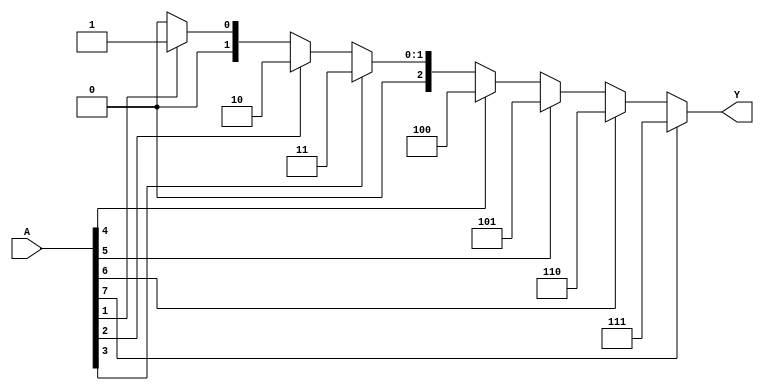
module octal_to_binary_encoder (
    input  wire [7:0] A,  // 8-bit octal input
    output reg  [2:0] Y   // 3-bit binary output
);

    always @(*) begin
        case (1'b1) // Check for the highest active input
            A[7]: Y = 3'b111; // If A[7] is high, output 7
            A[6]: Y = 3'b110; // If A[6] is high, output 6
            A[5]: Y = 3'b101; // If A[5] is high, output 5
            A[4]: Y = 3'b100; // If A[4] is high, output 4
            A[3]: Y = 3'b011; // If A[3] is high, output 3
            A[2]: Y = 3'b010; // If A[2] is high, output 2
            A[1]: Y = 3'b001; // If A[1] is high, output 1
            A[0]: Y = 3'b000; // If A[0] is high, output 0
            default: Y = 3'b000; // Default output if no inputs are active
        endcase
    end

endmodule